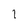
Character: l